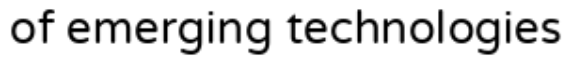
of emerging technologies